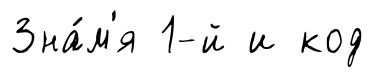
Зна́м'я 1-й и код